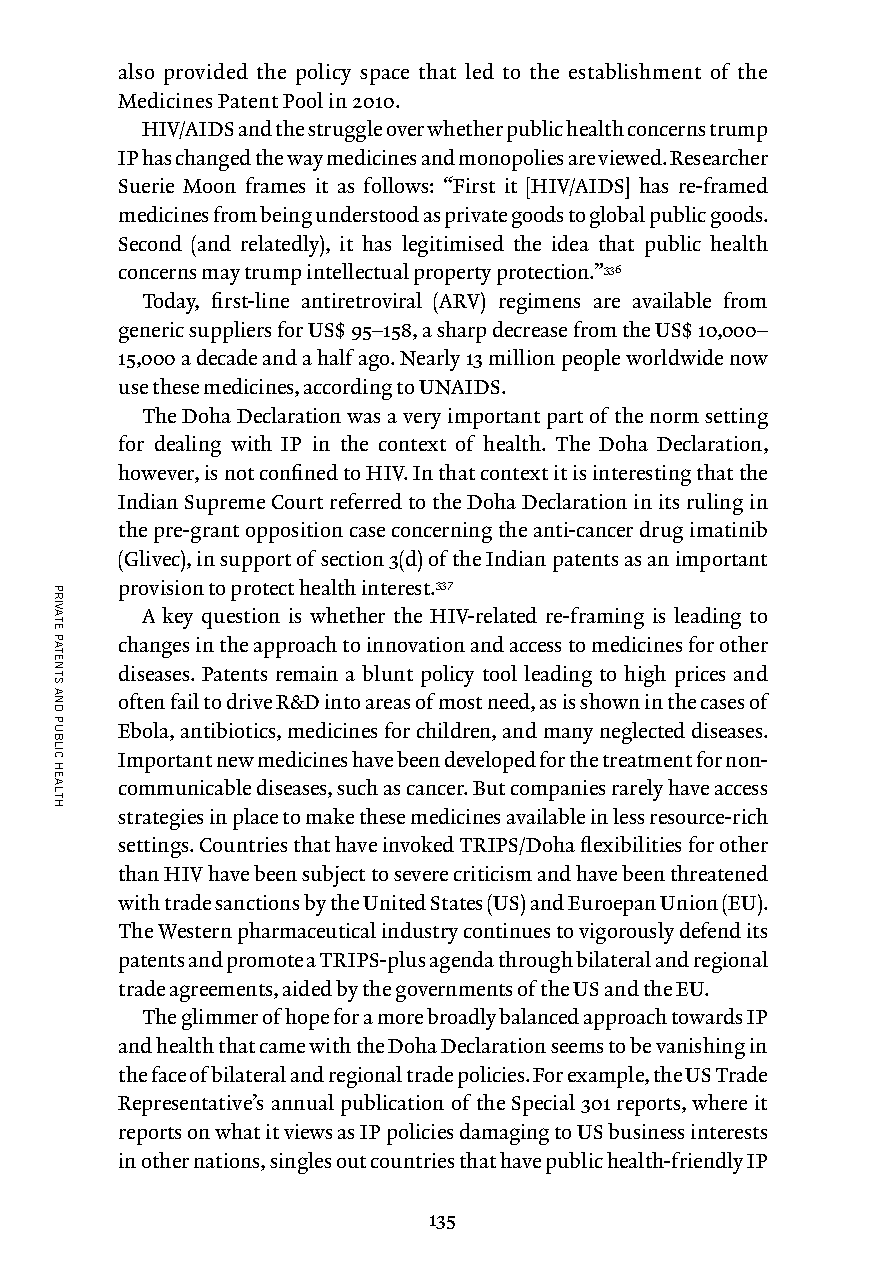
also provided the policy space that led to the establishment of the
 Medicines Patent Pool in 2010.
 HIV/AIDS and the struggle over whether public health concerns trump
 IP has changed the way medicines and monopolies are viewed. Researcher
 Suerie Moon frames it as follows: “First it [HIV/AIDS] has re-framed
 medicines from being understood as private goods to global public goods.
 Second (and relatedly), it has legitimised the idea that public health
 concerns may trump intellectual property protection.”336
 Today, first-line antiretroviral (ARV) regimens are available from
 generic suppliers for US$ 95–158, a sharp decrease from the US$ 10,000–
 15,000 a decade and a half ago. Nearly 13 million people worldwide now
 use these medicines, according to UNAIDS.
 The Doha Declaration was a very important part of the norm setting
 for dealing with IP in the context of health. The Doha Declaration,
 however, is not confined to HIV. In that context it is interesting that the
 Indian Supreme Court referred to the Doha Declaration in its ruling in
 the pre-grant opposition case concerning the anti-cancer drug imatinib
 (Glivec), in support of section 3(d) of the Indian patents as an important
 provision to protect health interest.337
 A key question is whether the HIV-related re-framing is leading to
 changes in the approach to innovation and access to medicines for other
 diseases. Patents remain a blunt policy tool leading to high prices and
 often fail to drive R&D into areas of most need, as is shown in the cases of
 Ebola, antibiotics, medicines for children, and many neglected diseases.
 Important new medicines have been developed for the treatment for non-
 communicable diseases, such as cancer. But companies rarely have access
 strategies in place to make these medicines available in less resource-rich
 settings. Countries that have invoked TRIPS/Doha flexibilities for other
 than HIV have been subject to severe criticism and have been threatened
 with trade sanctions by the United States (US) and Euroepan Union (EU).
 The Western pharmaceutical industry continues to vigorously defend its
 patents and promote a TRIPS-plus agenda through bilateral and regional
 trade agreements, aided by the governments of the US and the EU.
 The glimmer of hope for a more broadly balanced approach towards IP
 and health that came with the Doha Declaration seems to be vanishing in
 the face of bilateral and regional trade policies. For example, the US Trade
 Representative’s annual publication of the Special 301 reports, where it
 reports on what it views as IP policies damaging to US business interests
 in other nations, singles out countries that have public health-friendly IP
 135
 PRIVATE
 PATENTS
 AND
 PUBLIC
 HEALTH